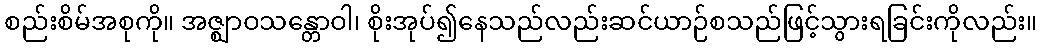
စည်းစိမ်အစုကို။ အဇ္ဈာဝသန္တောဝါ၊ စိုးအုပ်၍နေသည်လည်းဆင်ယာဉ်စသည်ဖြင့်သွားရခြင်းကိုလည်း။